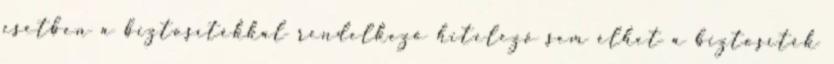
esetben a biztosítékkal rendelkező hitelező sem élhet a biztosíték